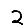
Digit: 2